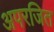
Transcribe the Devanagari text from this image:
अपरजित